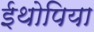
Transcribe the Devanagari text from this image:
ईथोपिया